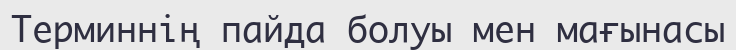
Терминнің пайда болуы мен мағынасы